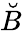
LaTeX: \breve{B}